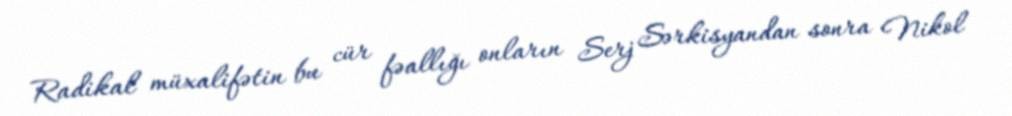
Radikal müxalifətin bu cür fəallığı onların Serj Sərkisyandan sonra Nikol